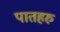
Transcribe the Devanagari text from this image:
पातहरु